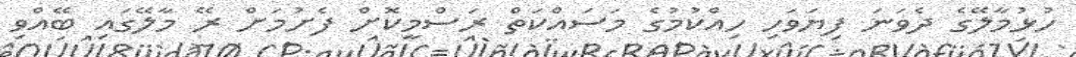
ހުޅުމާލޭގެ ދެވަނަ ފިޔަވަހި ހިއްކުމުގެ މަސައްކަތް ރަސްމީކޮށް ފެށުމަށް ރޭ މާލޭގައި ބޭއްވި